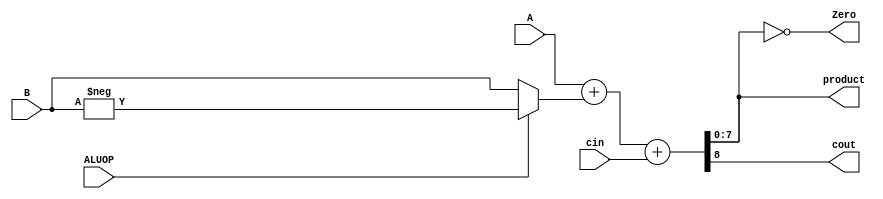
module ALU (
    A,
    B,
    cin,
    ALUOP,
    product,
    cout,
    Zero
);
parameter TERMINAL_RANGE = 8;
input [TERMINAL_RANGE-1:0] A, B;
input cin, ALUOP;
output reg [TERMINAL_RANGE-1:0] product;
output reg cout, Zero;

wire [TERMINAL_RANGE-1:0] cleaned_B;
assign cleaned_B = ALUOP ? -B : B;

always @(*) begin
    {cout, product} = A + cleaned_B + cin;
    Zero = (product == 0);
end

endmodule